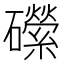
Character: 礯